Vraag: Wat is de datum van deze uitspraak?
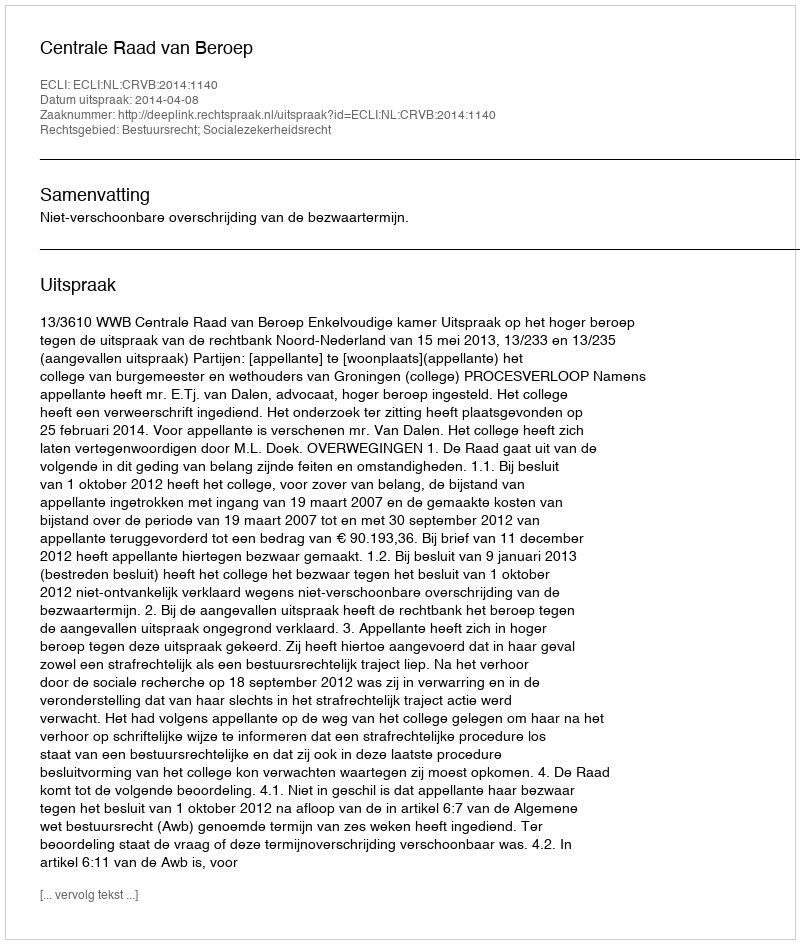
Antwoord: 2014-04-08